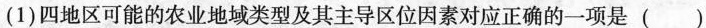
(1)四地区可能的农业地域类型及其主导区位因素对应正确的一项是 ( )